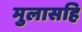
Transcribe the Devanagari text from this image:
मुलासहि